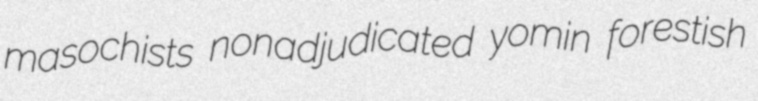
masochists nonadjudicated yomin forestish